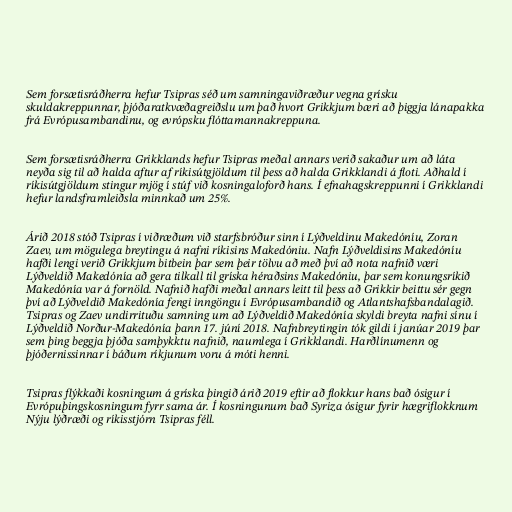
Sem forsætisráðherra hefur Tsipras séð um samningaviðræður vegna grísku
skuldakreppunnar, þjóðaratkvæðagreiðslu um það hvort Grikkjum bæri að þiggja lánapakka
frá Evrópusambandinu, og evrópsku flóttamannakreppuna.

Sem forsætisráðherra Grikklands hefur Tsipras meðal annars verið sakaður um að láta
neyða sig til að halda aftur af ríkisútgjöldum til þess að halda Grikklandi á floti. Aðhald í
ríkisútgjöldum stingur mjög í stúf við kosningaloforð hans. Í efnahagskreppunni í Grikklandi
hefur landsframleiðsla minnkað um 25%.

Árið 2018 stóð Tsipras í viðræðum við starfsbróður sinn í Lýðveldinu Makedóníu, Zoran
Zaev, um mögulega breytingu á nafni ríkisins Makedóniu. Nafn Lýðveldisins Makedóníu
hafði lengi verið Grikkjum bitbein þar sem þeir tölvu að með því að nota nafnið væri
Lýðveldið Makedónía að gera tilkall til gríska héraðsins Makedóniu, þar sem konungsríkið
Makedónía var á fornöld. Nafnið hafði meðal annars leitt til þess að Grikkir beittu sér gegn
því að Lýðveldið Makedónía fengi inngöngu í Evrópusambandið og Atlantshafsbandalagið.
Tsipras og Zaev undirrituðu samning um að Lýðveldið Makedónía skyldi breyta nafni sínu í
Lýðveldið Norður-Makedónía þann 17. júní 2018. Nafnbreytingin tók gildi í janúar 2019 þar
sem þing beggja þjóða samþykktu nafnið, naumlega í Grikklandi. Harðlínumenn og
þjóðernissinnar í báðum ríkjunum voru á móti henni.

Tsipras flýkkaði kosningum á gríska þingið árið 2019 eftir að flokkur hans bað ósigur í
Evrópuþingskosningum fyrr sama ár. Í kosningunum bað Syriza ósigur fyrir hægriflokknum
Nýju lýðræði og ríkisstjórn Tsipras féll.